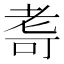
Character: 𮋛